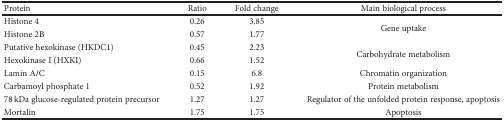
<table><thead><tr><td><b>Protein</b></td><td><b>Ratio</b></td><td><b>Fold change</b></td><td><b>Main biological process</b></td></tr></thead><tbody><tr><td>Histone 4</td><td>0.26</td><td>3.85</td><td rowspan="2">Gene uptake</td></tr><tr><td>Histone 2B</td><td>0.57</td><td>1.77</td></tr><tr><td>Putative hexokinase (HKDC1)</td><td>0.45</td><td>2.23</td><td rowspan="2">Carbohydrate metabolism</td></tr><tr><td>Hexokinase I (HXKI)</td><td>0.66</td><td>1.52</td></tr><tr><td>Lamin A/C</td><td>0.15</td><td>6.8</td><td>Chromatin organization</td></tr><tr><td>Carbamoyl phosphate 1</td><td>0.52</td><td>1.92</td><td>Protein metabolism</td></tr><tr><td>78 kDa glucose-regulated protein precursor</td><td>1.27</td><td>1.27</td><td>Regulator of the unfolded protein response, apoptosis</td></tr><tr><td>Mortalin</td><td>1.75</td><td>1.75</td><td>Apoptosis</td></tr></tbody></table>